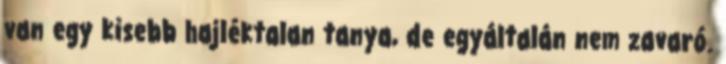
van egy kisebb hajléktalan tanya, de egyáltalán nem zavaró.